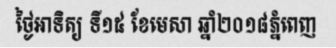
ថ្ងៃអាទិត្យ ទី១៥ ខែមេសា ឆ្នាំ២០១៨ភ្នំពេញ